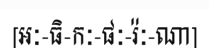
[អៈ-ធិ-កៈ-ផៈ-រ៉ៈ-ណា]